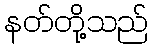
နတ်တို့သည်